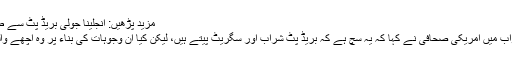
مزید پڑھیں: انجلینا جولی بریڈ پٹ سے طلاق کی خواہشمند
ایک سوال کے جواب میں امریکی صحافی نے کہا کہ یہ سچ ہے کہ بریڈ پٹ شراب اور سگریٹ پیتے ہیں، لیکن کیا ان وجوہات کی بناء پر وہ اچھے والد نہیں بن سکتے؟